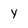
Character: y